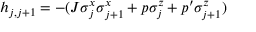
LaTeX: h _ { j , j + 1 } = - ( J \sigma _ { j } ^ { x } \sigma _ { j + 1 } ^ { x } + p \sigma _ { j } ^ { z } + p ^ { \prime } \sigma _ { j + 1 } ^ { z } )